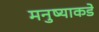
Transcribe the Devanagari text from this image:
मनुष्याकडे